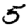
Digit: 5